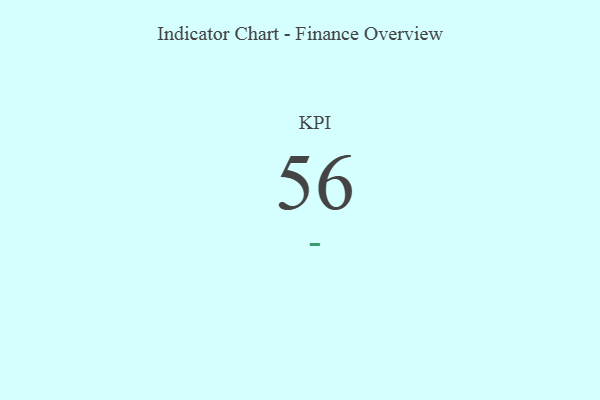
{"axis": {"x": "KPI", "y": "Value"}, "legend": [""], "data": [{"x": "KPI", "y": 56, "type": ""}]}